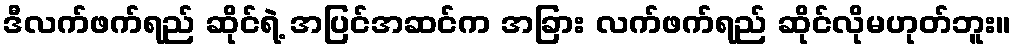
ဒီလက်ဖက်ရည် ဆိုင်ရဲ့ အပြင်အဆင်က အခြား လက်ဖက်ရည် ဆိုင်လိုမဟုတ်ဘူး။